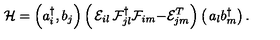
\mathcal { H } = \left( a _ { i } ^ { \dagger } , b _ { j } \right) \left( \begin{matrix} { \mathcal { E } _ { i l } } & { \mathcal { F } _ { j l } ^ { \dagger } } \\ { \mathcal { F } _ { i m } } & { - \mathcal { E } _ { j m } ^ { T } } \\ \end{matrix} \right) \left( \begin{matrix} { a _ { l } } \\ { b _ { m } ^ { \dagger } } \\ \end{matrix} \right) .